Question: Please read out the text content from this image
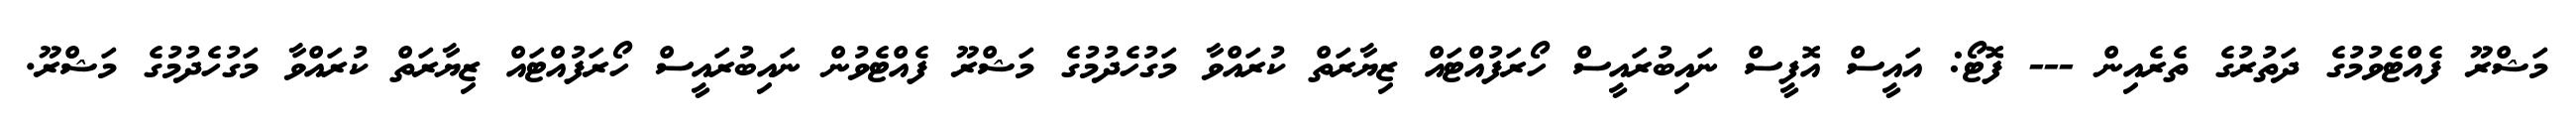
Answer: މަޝްރޫ ފެއްޓެވުމުގެ ދަތުރުގެ ތެރެއިން --- ފޮޓޯ: އައީސް އޮފީސް ނައިބުރައީސް ހޯރަފުއްޓައް ޒިޔާރަތް ކުރައްވާ މަގުހެދުމުގެ މަޝްރޫ ފެއްޓެވުން ނައިބުރައީސް ހޯރަފުއްޓައް ޒިޔާރަތް ކުރައްވާ މަގުހެދުމުގެ މަޝްރޫ.